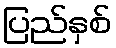
ပြည်နှစ်